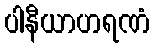
ပါနီယာဟရဏံ